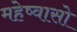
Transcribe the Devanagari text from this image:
महेष्वासो